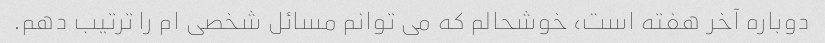
دوباره آخر هفته است، خوشحالم که می توانم مسائل شخصی ام را ترتیب دهم.